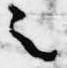
之